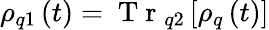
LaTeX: \rho_{q1}\left(t\right)=\mathrm{~T~r~}_{q2}\left[\rho_{q}\left(t\right)\right]